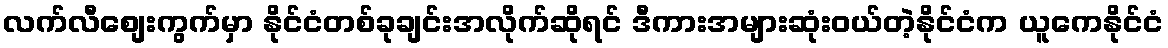
လက်လီစျေးကွက်မှာ နိုင်ငံတစ်ခုချင်းအလိုက်ဆိုရင် ဒီကားအများဆုံးဝယ်တဲ့နိုင်ငံက ယူကေနိုင်ငံ